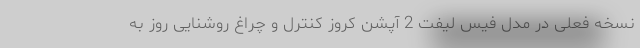
نسخه فعلی در مدل فیس لیفت 2 آپشن کروز کنترل و چراغ روشنایی روز به